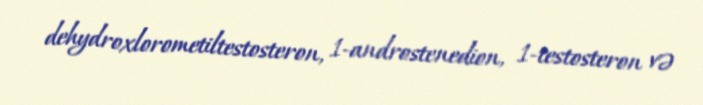
dehydroxlorometiltestosteron, 1-androstenedion, 1-testosteron və